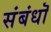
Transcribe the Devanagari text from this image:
संबंधॊ